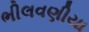
ભીલવણીયા